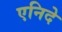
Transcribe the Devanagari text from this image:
एनिदे